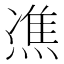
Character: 𤌞